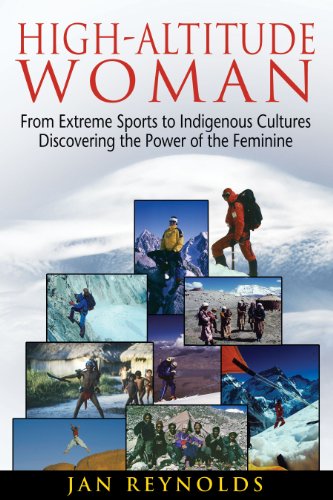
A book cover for High-Altitude Woman: From Extreme Sports to Indigenous Cultures-Discovering the Power of the Feminine; Jan Reynolds; Sports & Outdoors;